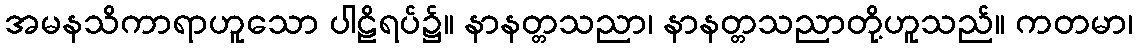
အမနသိကာရာဟူသော ပါဠိရပ်၌။ နာနတ္တသညာ၊ နာနတ္တသညာတို့ဟူသည်။ ကတမာ၊